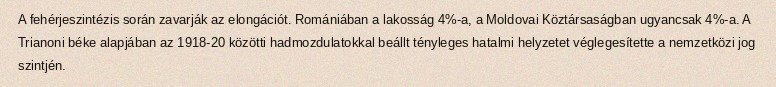
A fehérjeszintézis során zavarják az elongációt. Romániában a lakosság 4%-a, a Moldovai Köztársaságban ugyancsak 4%-a. A Trianoni béke alapjában az 1918-20 közötti hadmozdulatokkal beállt tényleges hatalmi helyzetet véglegesítette a nemzetközi jog szintjén.